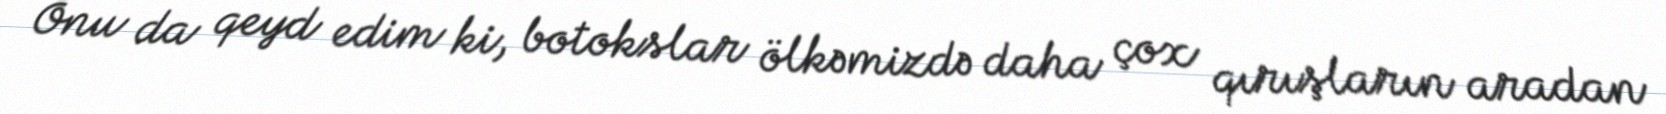
Onu da qeyd edim ki, botokslar ölkəmizdə daha çox qırışların aradan